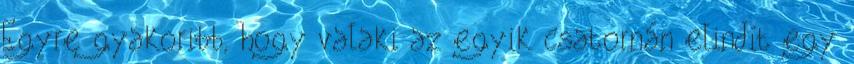
Egyre gyakoribb, hogy valaki az egyik csatornán elindít egy